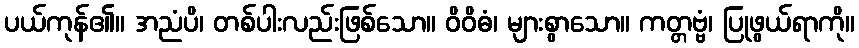
ပယ်ကုန်၏။ အညံပိ၊ တစ်ပါးလည်းဖြစ်သော။ ဝိဝိဓံ၊ များစွာသော။ ကတ္တဗ္ဗံ၊ ပြုဖွယ်ရာကို။